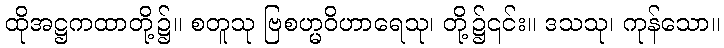
ထိုအဋ္ဌကထာတို့၌။ စတူသု ဗြစဟ္မဝိဟာရေသု၊ တို့၌၎င်း။ ဒသသု၊ ကုန်သော။